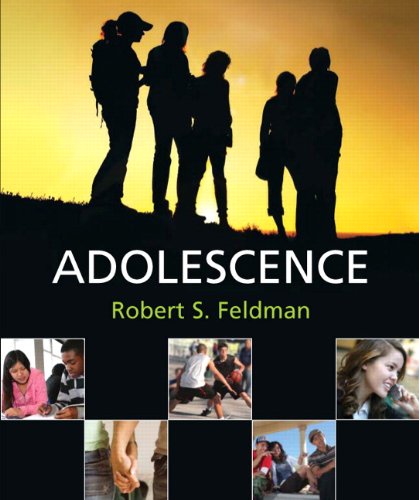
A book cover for Adolescence; Robert S. Feldman Ph.D.; Medical Books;